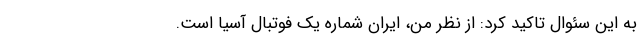
به این سئوال تاکید کرد: از نظر من، ایران شماره یک فوتبال آسیا است.